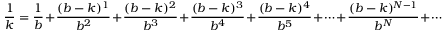
{ \frac { 1 } { k } } = { \frac { 1 } { b } } + { \frac { ( b - k ) ^ { 1 } } { b ^ { 2 } } } + { \frac { ( b - k ) ^ { 2 } } { b ^ { 3 } } } + { \frac { ( b - k ) ^ { 3 } } { b ^ { 4 } } } + { \frac { ( b - k ) ^ { 4 } } { b ^ { 5 } } } + \cdots + { \frac { ( b - k ) ^ { N - 1 } } { b ^ { N } } } + \cdots